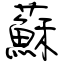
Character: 蘇